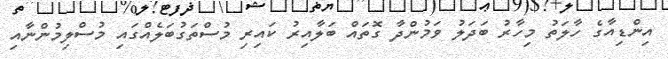
އިންޑިއާގެ ހާލަތު މިހާރު ބަދަލު ވަމުންދާ ގޮތައް ބަލާއިރު ކައިރި މުސްތަގުބަލެއްގައި މުސްލިމުންނާއި